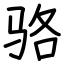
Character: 骆